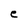
Character: e